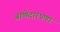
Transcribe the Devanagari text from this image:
बाणेदारपणा